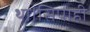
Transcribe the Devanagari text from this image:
था।सिपाही